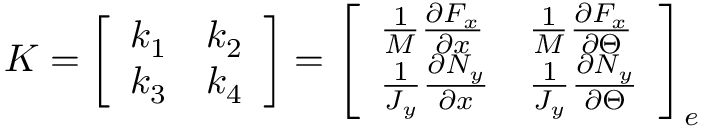
K = \left[ \begin{array} { l l } { k _ { 1 } } & { k _ { 2 } } \\ { k _ { 3 } } & { k _ { 4 } } \end{array} \right] = \left[ \begin{array} { l l } { \frac { 1 } { M } \frac { \partial F _ { x } } { \partial x } } & { \frac { 1 } { M } \frac { \partial F _ { x } } { \partial \Theta } } \\ { \frac { 1 } { J _ { y } } \frac { \partial N _ { y } } { \partial x } } & { \frac { 1 } { J _ { y } } \frac { \partial N _ { y } } { \partial \Theta } } \end{array} \right] _ { e }